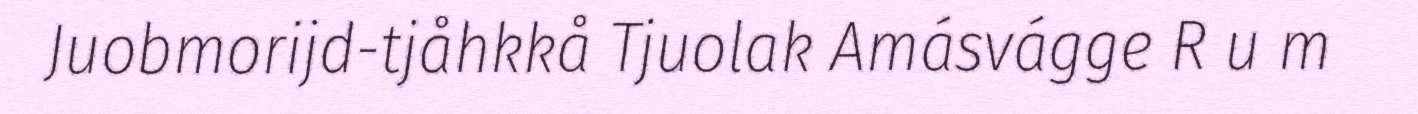
Juobmorijd-tjåhkkå Tjuolak Amásvágge R u m